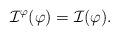
LaTeX: \begin{align*}\mathcal{I}^{\varphi}(\varphi)=\mathcal{I}(\varphi).\end{align*}